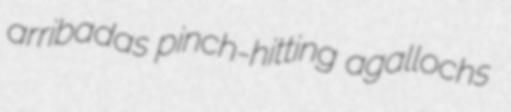
arribadas pinch-hitting agallochs